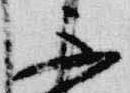
不